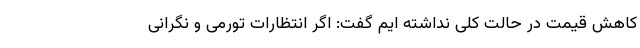
کاهش قیمت در حالت کلی نداشته ایم گفت: اگر انتظارات تورمی و نگرانی